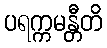
ပရက္ကမန္တီတိ